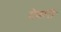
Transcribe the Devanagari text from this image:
देवारी